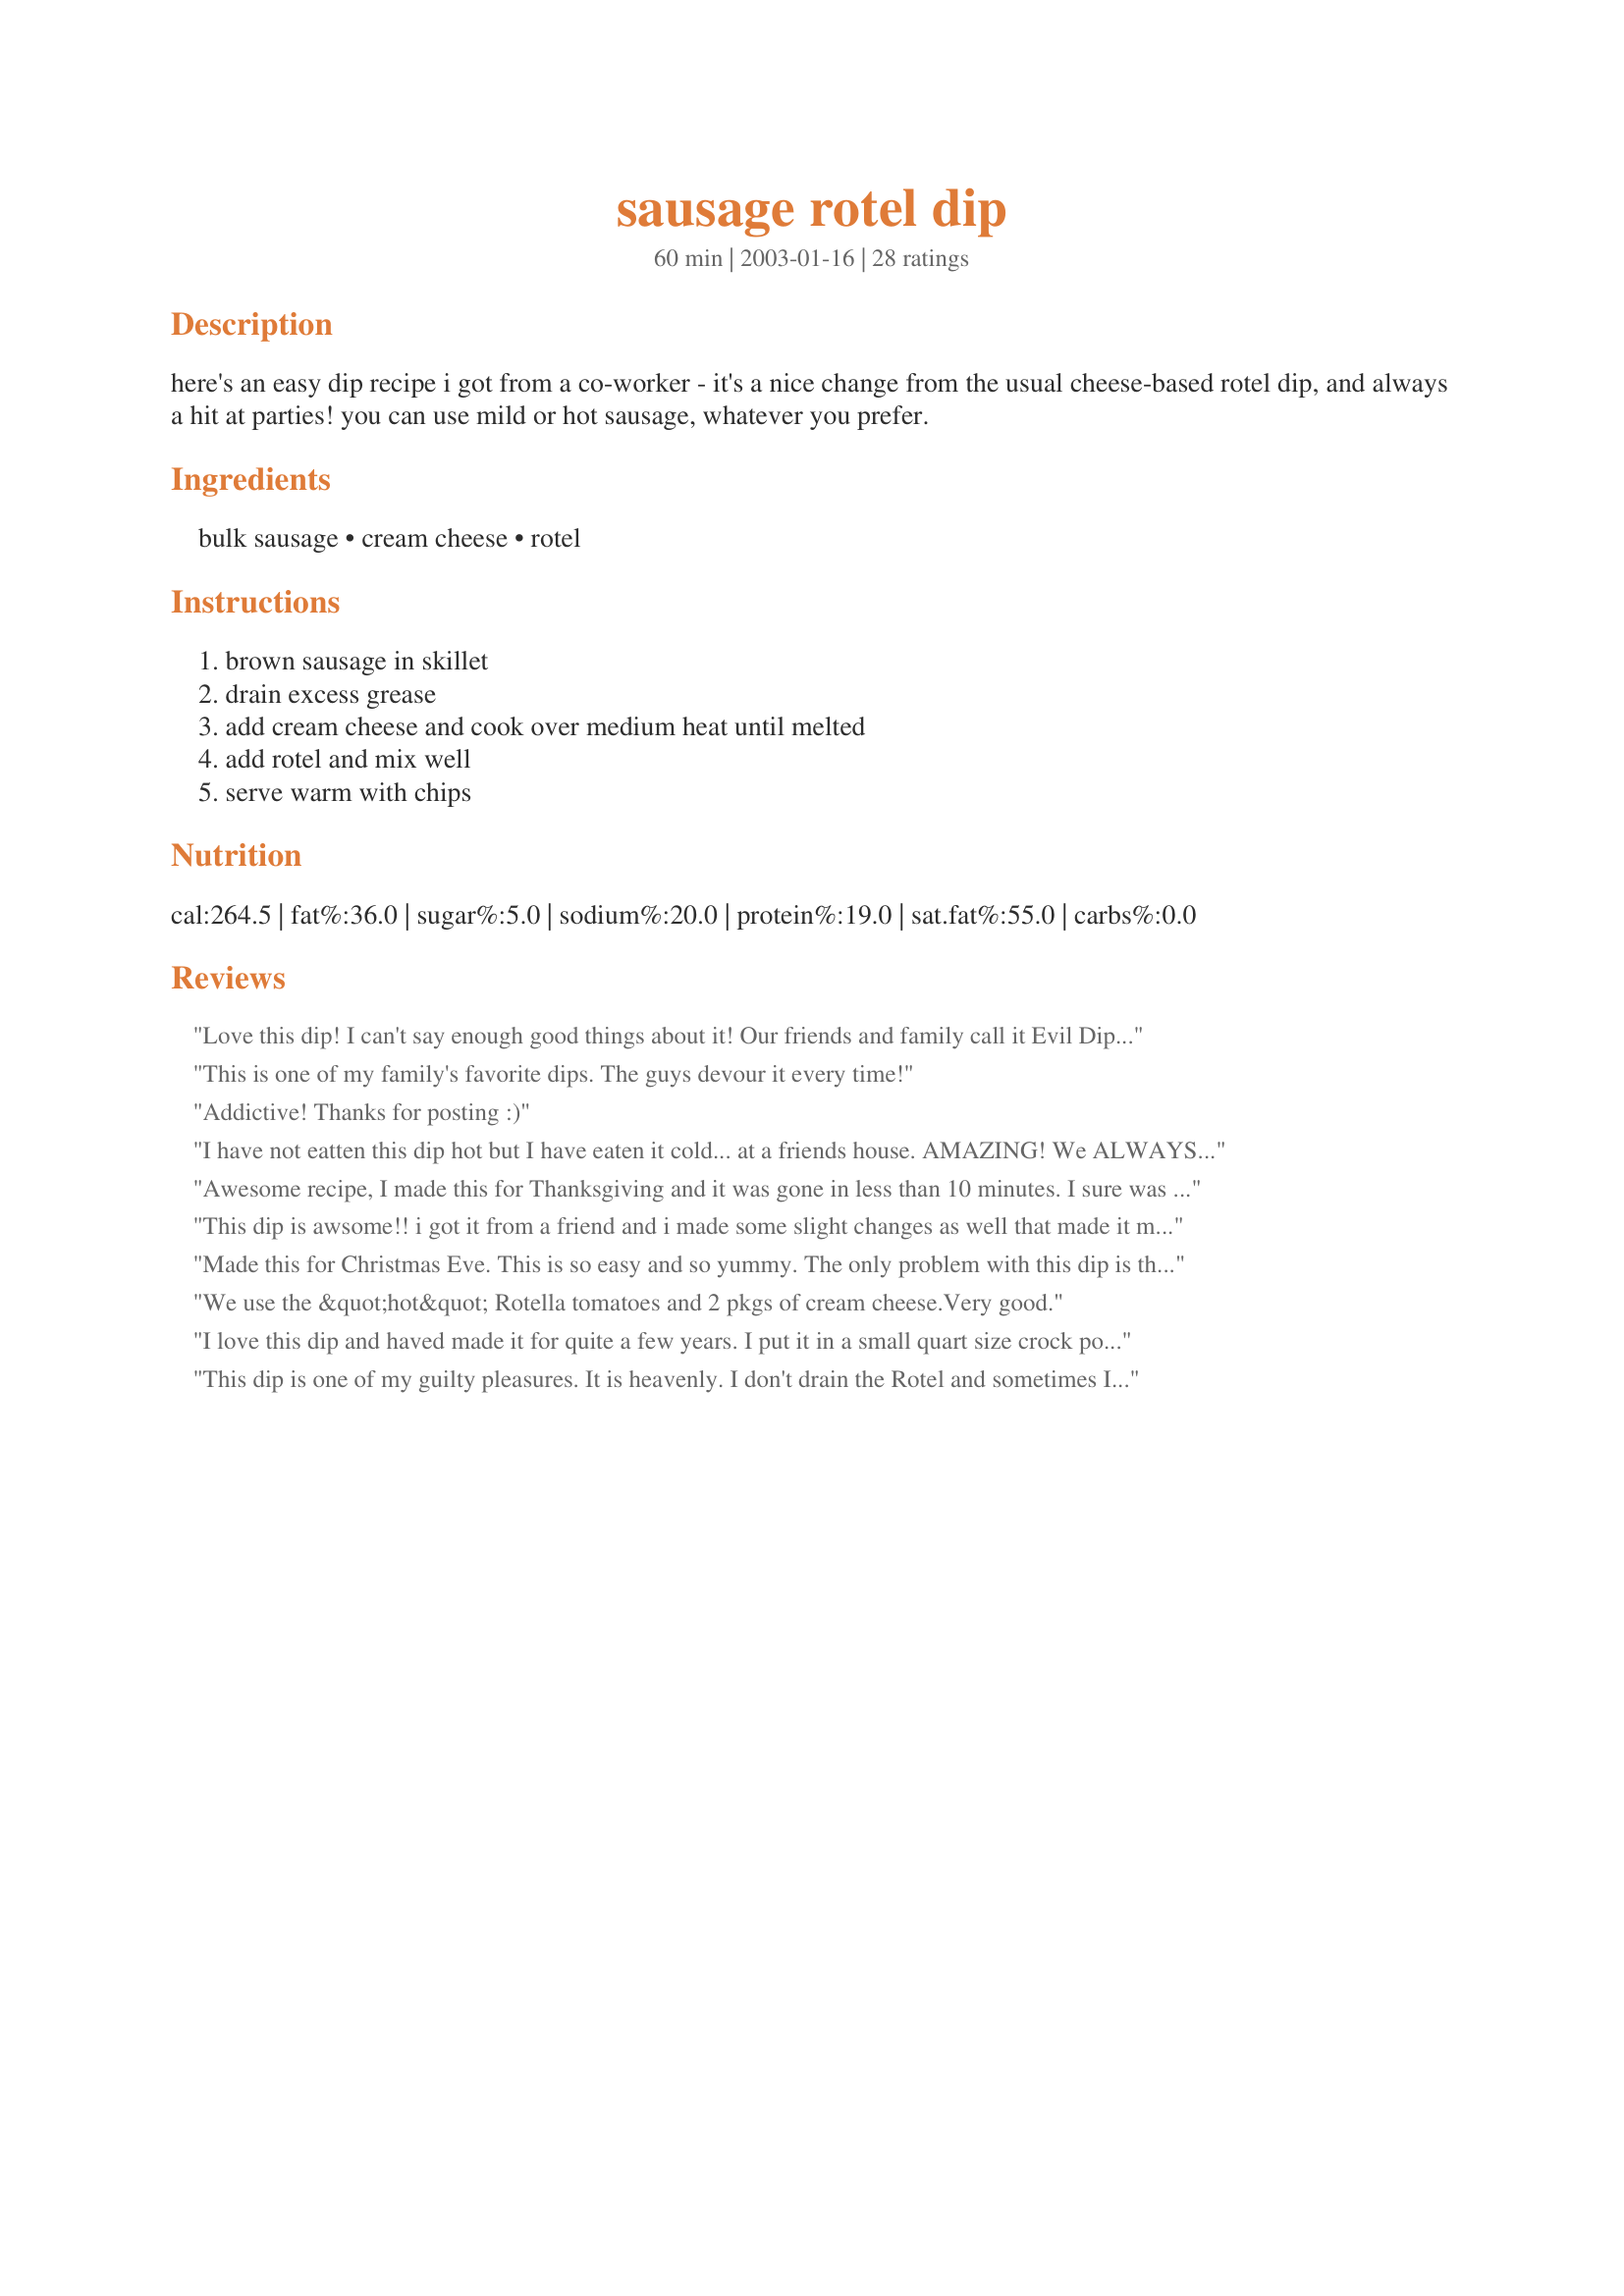
sausage rotel dip
Preparation time: 60 minutes

here's an easy dip recipe i got from a co-worker - it's a nice change from the usual cheese-based rotel dip, and always a hit at parties! you can use mild or hot sausage, whatever you prefer.

Ingredients:
bulk sausage, cream cheese, rotel

Steps:
brown sausage in skillet, drain excess grease, add cream cheese and cook over medium heat until melted, add rotel and mix well, serve warm with chips

Reviews:
Love this dip! I can't say enough good things about it! Our friends and family call it Evil Dip since it's so addicting!!! :) We used 2 cans of Rotel (we like it spicy, lol). If doubling this recipe, I recommend sticking with 1 lb of meat; that would help with the budget, too. ;) We served with tortilla chips and ate. it. up. Yum!
This is one of my family's favorite dips. The guys devour it every time!
Addictive! Thanks for posting :)
I have not eatten this dip hot but I have eaten it cold... at a friends house. AMAZING! We ALWAYS tear up this dip! I will have to try hot now! Thanks!
Awesome recipe, I made this for Thanksgiving and it was gone in less than 10 minutes. I sure was glad I had more of all ingredients because bye evening the guys wanted more during the 3rd football game. I had to go in the hospital for surgery last week so i made a double batch ahead of time and froze it and they were able to 'nuke' it and have it after school/work.
This dip is awsome!! i got it from a friend and i made some slight changes as well that made it most exciting, i used hot rotel and mapel sausage to give a little sweet flavor and added 3 seronno peppers and WOW it was a hit with my family
Made this for Christmas Eve. This is so easy and so yummy. The only problem with this dip is that you tend to eat way to much.
We use the &quot;hot&quot; Rotella tomatoes and 2 pkgs of cream cheese.Very good.
I love this dip and haved made it for quite a few years. I put it in a small quart size crock pot and for a couple of hours and it stays warm.
This dip is one of my guilty pleasures. It is heavenly. I don't drain the Rotel and sometimes I pulse it in the processor. I like to add minced onion when I know I'll be eating it by myself!
This is five stars because it is so quick and easy and good. I served this for New Year's Day with tortilla chips and used regular Jimmy Dean sausage and chunky rotel without draining it and good ol' Philly cream cheese. I browned the sausage in a skillet and added it to the crock pot on high until the cheese was melted and heated it through, then I turned the crock pot to low. Was very creamy and yummy. Would be great for a super bowl party.
Very nice dip! I used spicy breakfast sausage, and some italian hot sausage, and it was good and zingy. The cream cheese instead of cheddar or velveeta smoothed out the flavor quite a bit. I "dusted" the top with chipotle pepper powder, and it looked very festive, and tasted very nice. Good recipe, Bunkie - thanks!
Love making this for just a snack or even as a meal for just the two of us when we had a late lunch. My boyfriend, however, seems to prefer it with salsa instead of Rotel. But I absolutely love this Rotel version!
Everyone loves this dip. It's chunky, warm, and fattening... which makes it perfect for winter evenings. You can also mix everything together and bake for half an hour at 350 (if you already have your oven on), but I love the stove-top method. It's SO much faster! Thanks!
This is a great dip. Have been making it for years. I don't drain the rotel though. great with baked tortilla chips or corn chips(our fav option)
Great recipe. I have one very similar, but mine has ranch mix added in (recipe #308330). It is soooo good. I like it both ways.
I love this dip! I make it at least once a month. I don't drain the Rotel though, and sometimes add a dash of garlic salt. Gooooood Stuff. :-)
I have been making sausage RoTel dip for nearly 15 years. 1 lb of Jimmy Dean (regular or hot) sausage, 2 pks cream cheese, and 2 cans of RoTel (regular or hot) not drained. Made exactly the same as in recipe given but this will be a bit thinner. Small Tostitos make excellent dippers. Ate this is a meal many nights when too tired to cook during college days.
Great warm or cold. I prefer to serve this with toast points rather then chips or crackers. I also prefer more rotel. Do not use a food processor, it ruins the look and texture.
This is a great dip that is so easy to make! Love it!
Delicious and very easy to make. I also added garlic powder and 1/2 cup of shredded cheddar. I used hot Italian sausage and the dip was really good with Tostitos 'hint of jalapeno' scoop tortilla chips.
I used Hot Italian Sausage & Neufchatel cheese, thay was what I had on hand. A friend and I sat around talking, dipping tortilla chips, and drinking Red Ale. We ate the whole bowl. It was wonderful. THANX
Great gluten free dip with tortilla chips. Crowd pleaser
This is the same wonderful recipe that my aunt had passed on to me a few years ago. We love this dip with pork rinds (great for low-carbing!), chips, fennel bulb, celery, cucumbers, carrots, crackers...a spoon...pretty much anything! I like it warm or cold. You can adjust the heat by choosing mild or hot sausage or Rotel tomatoes. (By the way, I don't usually drain the Rotel.) Leftovers make a mighty tasty omelet filling.
Friends and family loved this dip, served with Mission tortilla strips. Changes I made: Used mild Rotel, which I didn't drain. Tossed in about Â½ cup of shredded Italian cheese combo (parmesan, romano, fontina). Even the kiddos loved it!
A friend of mine who doesnt cook much brought this to my house for Super Bowl. I was completely impressed. Our menu for the evening consisted of Ham &amp; Swiss sliders, Chicken wings, Chicken tenders, Croissant wrapped lil smokies, bacon wrapped chestnuts, vegetable tray with homemade blue cheese ,deviled eggs and this dip. It was the thing that kept drawing me in. I ate ALOT of it and ate the remaining dip for lunch the next day! I was actually really surprised when my friend told me it only had three ingredients!!!
WONDERFUL dip! I made it for a party recently and everyone raved about it. I did not drain the Rotel liquid and it turned out great. Thanks for sharing. I'll make this again soon.
I LOVE, LOVE, LOVE this dip. It is a favorite with me, my husband, and all our friends. They beg me to make it constantly - especially during football season! In my version I use 2 lbs Jimmy Dean sausage (1 hot, 1 original) because we like it spicy, 2 pkgs of cream cheese, and 2 drained cans of rotel. Even with all that sausage, it disappears in a flash. Also, to keep it warm, I put it in a crock pot on a low/warm setting. If we're tailgating and I need it on the go, I will brown and drain the sausage, pour it in a 9x13 pyrex dish (I have the kind that travels and keeps your dish warm) and bake it with the cheese and rotel at 350, stirring occassionally until the cheese is bubbly. Then zip up in the pyrex carrying case and off we go! It's so easy and delicious. Addictive is the perfect word for it!
